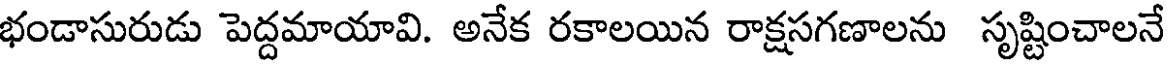
భండాసురుడు పెద్దమాయావి. అనేక రకాలయిన రాక్షసగణాలను సృష్టించాలనే